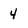
Character: 4